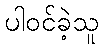
ပါဝင်ခဲ့သူ